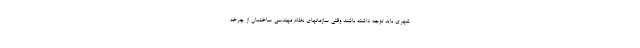
شهری باید توجه داشته باشند وقتی سازمانهای نظام مهندسی ساختمان از چرخه